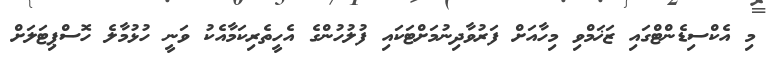
މި އެކްސިޑެންޓްގައި ޒަޚަމްވި މިހާއަށް ފަރުވާދިނުމަށްޓަކައި ފުލުހުންގެ އެހީތެރިކަމާއެކު ވަނީ ހުޅުމާލެ ހޮސްޕިޓަލަށް